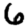
Digit: 6